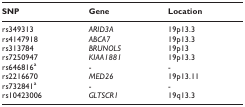
<table><thead><tr><td><b>SNP</b></td><td><b>Gene</b></td><td><b>Location</b></td></tr></thead><tbody><tr><td>rs349313</td><td><i>ARID3A</i></td><td>19p13.3</td></tr><tr><td>rs4147918</td><td><i>ABCA7</i></td><td>19p13.3</td></tr><tr><td>rs313784</td><td><i>BRUNOL5</i></td><td>19p13</td></tr><tr><td>rs7250947</td><td><i>KIAA1881</i></td><td>19p13.3</td></tr><tr><td>rs646816<sup>a</sup></td><td>-</td><td>-</td></tr><tr><td>rs2216670</td><td><i>MED26</i></td><td>19p13.11</td></tr><tr><td>rs732841<sup>a</sup></td><td>-</td><td>-</td></tr><tr><td>rs10423006</td><td><i>GLTSCR1</i></td><td>19q13.3</td></tr></tbody></table>